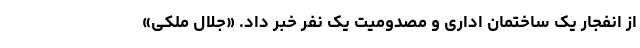
از انفجار یک ساختمان اداری و مصدومیت یک نفر خبر داد. «جلال ملکی»